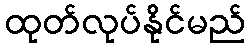
ထုတ်လုပ်နိုင်မည်